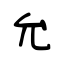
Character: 允